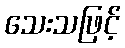
သေးသဖြင့်